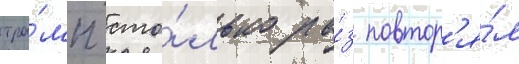
тра́мп сто́лько ра́з повтор'я́л